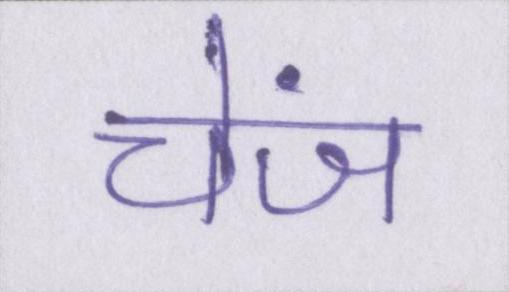
चेंज